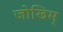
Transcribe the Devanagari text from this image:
जोखिम्